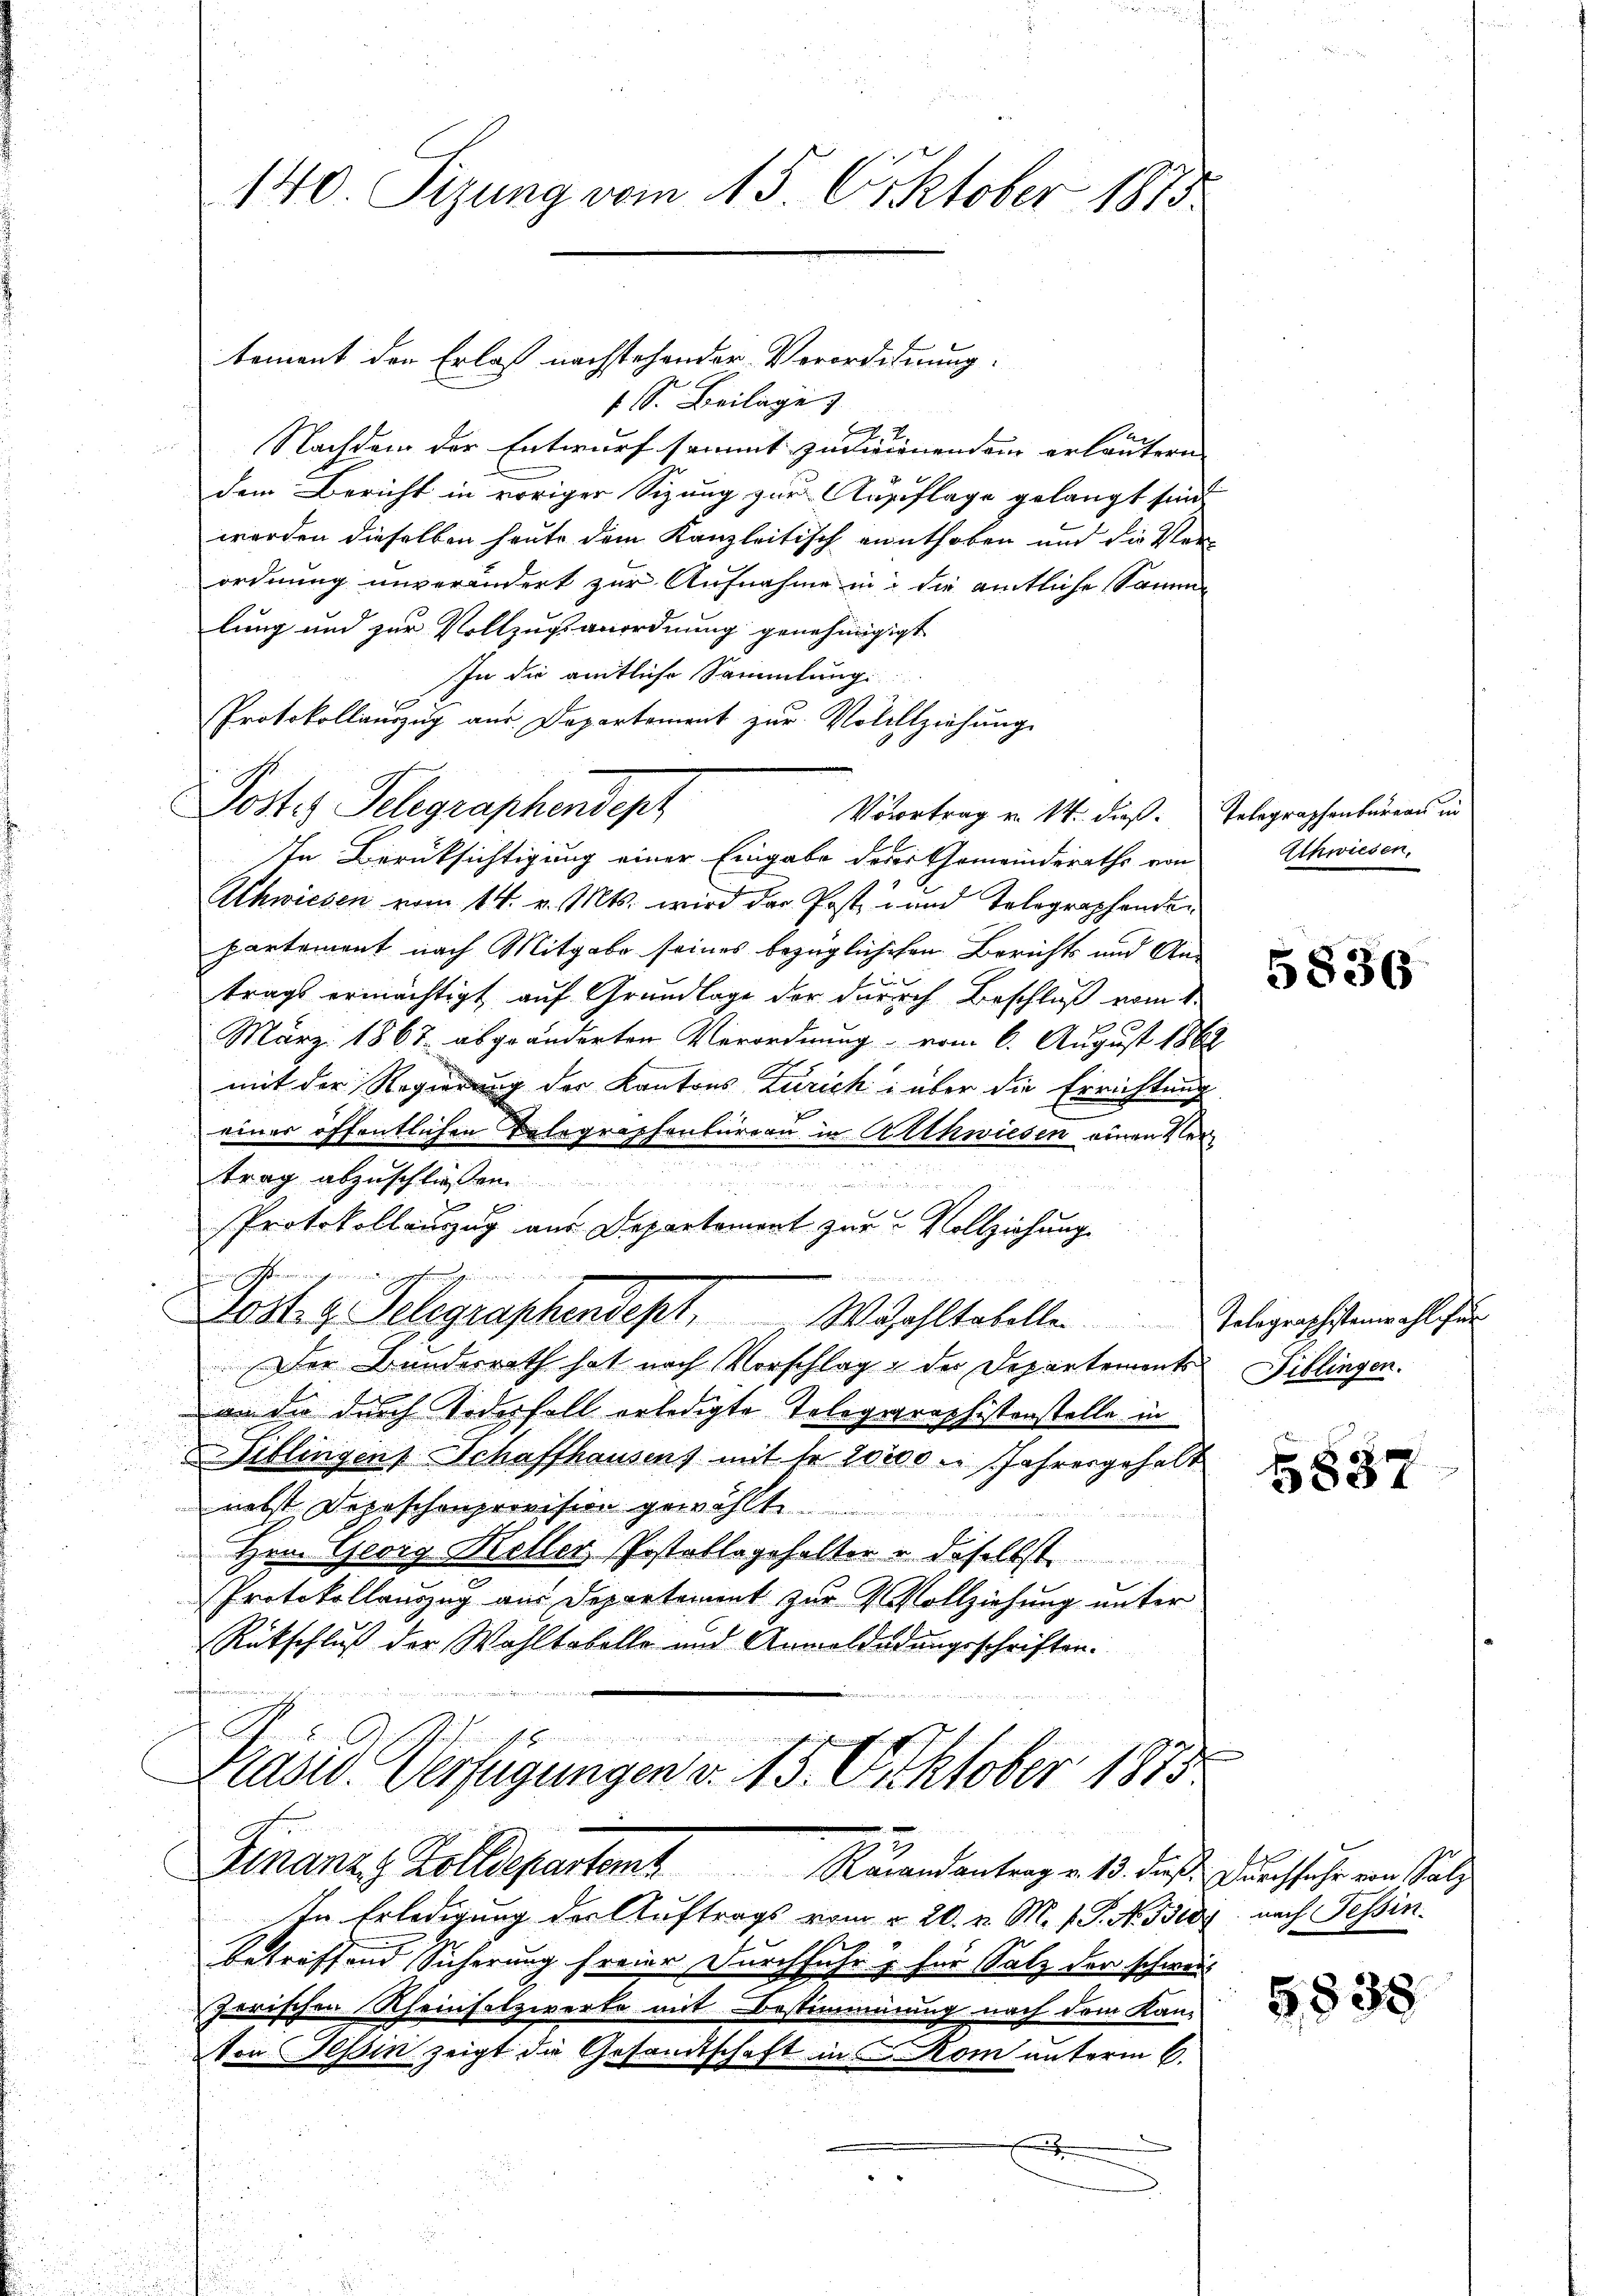
140. Sizung vom 15. Oktober 1873.

tement der Erlaß nachstehender Verorderung
1 S. Beilage
f

Nachdem der Entwurf sammt zunionendem erläutern
dem Bericht in voriger Sizung zur Ausflage gelangt sind
werden dieselben heute dem Kanzleitisch enthoben und die Ver-
ordnung unverändert zur Aufnahme in die amtliche Samme
lung und zur Vollzugsanordnung genehmigigt
In die amtliche Sammlung
In Berüksichtigung einer Eingabe derer Gemeinderaths von
1
Schwiesen vom 14. v. Mts. wird der Post und Telegraphenden
partement nach Mitgabe seines bezüglichschen Berichts und Anxx
trags ermächtigt auf Grundlage der durch Beschluß vom 1.
März 1867 abgeänderten Verordnung vom 6. August 1862
mit der Regierung der Kantons Zürich über die Errichtung
einer öffentlichen Belegraphenbüreau in Althwiesen einen Vertrag abzuschließen

ng
Protokollauszug aus Departement zur Vollziehung
in Gfenningewendungsfragenen
Lost. g. Telegraphendept. Wezahltabellen Telegraphistenwahl her
Der Bundesrath hat nach Vorschlag der Departements
von die durch Todesfall erledigte Telegraphistenstelle in
 Tiblingen Schaffhausens mit 1 20000 u. Jahresgehalt
nebst Depeschenprovision gewählte
Her. Georg Heller, Pestalle gehalter u daselbst
Protokollauszug aus Departement zur Vollziehung unter
Rütschluß der Wahltobelle und Anwalderungsschriften.
1
Prasw. Verfügungen d. 13. Oktober 1875.

Protokollauszug aus Departement zur Vollziehung
Postes Telegraphendept

37
Finanze Zolldepartem Raiandantrag v. 13. dieß. Durch sehr von Salz

In Erledigung der Auftrags vom 2. 20. v. M. v. P. N. Bis nach Tessin.
betreffend Sicherung freier Durchfuhr & für Satz der schwei
zerischen Rheinholzwerte mit Bestimmung nach dem Kan-
e
Von Tessin zeigt die Gesandtschaft in Rom unterm 6.
.

Vovortrag u. 14. dieß. Telegraphenbureau in

Achwiesen.

5836

Fiblingen.

5837

5,538